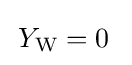
\,Y_{\text{W}}=0~